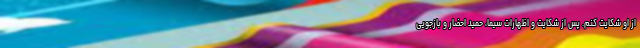
از او شکایت کنم. پس از شکایت و اظهارات سیما، حمید احضار و بازجویی